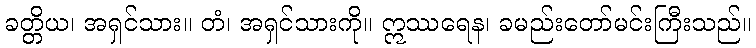
ခတ္တိယ၊ အရှင်သား။ တံ၊ အရှင်သားကို။ ဣဿရေန၊ ခမည်းတော်မင်းကြီးသည်။